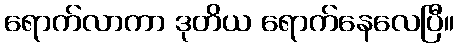
ရောက်လာကာ ဒုတိယ ရောက်နေလေပြီ။